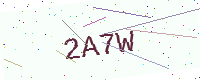
Text: 2A7W